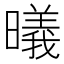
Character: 㬢